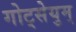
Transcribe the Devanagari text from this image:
गोट्सेयुम्